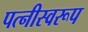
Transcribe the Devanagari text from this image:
पत्नीस्वरूप